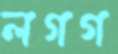
লগগ